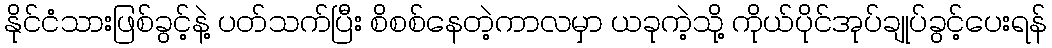
နိုင်ငံသားဖြစ်ခွင့်နဲ့ ပတ်သက်ပြီး စိစစ်နေတဲ့ကာလမှာ ယခုကဲ့သို့ ကိုယ်ပိုင်အုပ်ချုပ်ခွင့်ပေးရန်